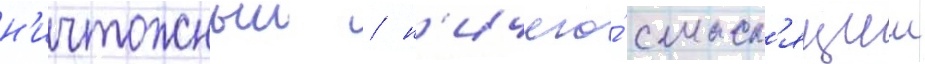
н'ичтожныи / н'ичего́ смысл'ящии